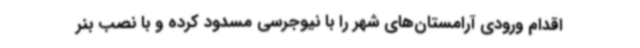
اقدام ورودی آرامستان‌های شهر را با نیوجرسی مسدود کرده و با نصب بنر